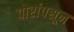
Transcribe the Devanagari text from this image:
पोरांपसून